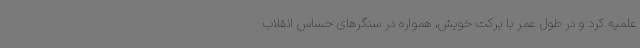
علمیه کرد و در طول عمر با برکت خویش، همواره در سنگرهای حساس انقلاب